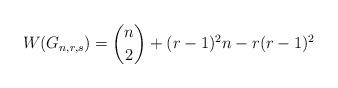
LaTeX: \begin{align*}W(G_{n,r,s})=\binom{n}{2}+(r-1)^2n -r(r-1)^2\end{align*}